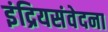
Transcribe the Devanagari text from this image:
इंद्रियसंवेदना